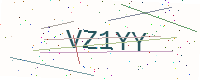
Text: VZ1YY